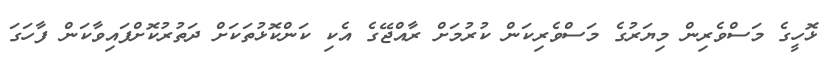
ޅޮހީގެ މަސްވެރިން މިޔަރުގެ މަސްވެރިކަން ކުރުމަށް ރާއްޖޭގެ އެކި ކަންކޮޅުތަކަށް ދަތުރުކޮށްފައިވާކަން ފާހަގަ